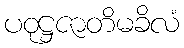
ပဝုဋ္ဌဇာတိမခိလံ